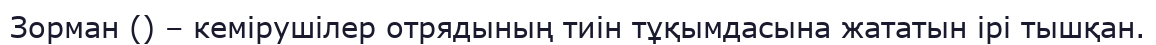
Зорман () – кемірушілер отрядының тиін тұқымдасына жататын ірі тышқан.